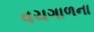
વચગાળના